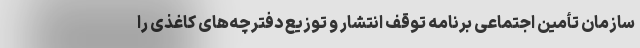
سازمان تأمین اجتماعی برنامه توقف انتشار و توزیع دفترچه‌های کاغذی را